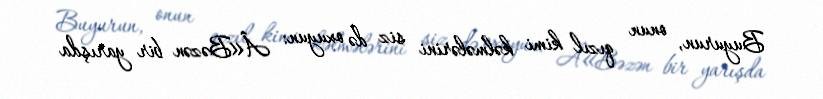
Buyurun, onun qızıl kimi kəlmələrini siz də oxuyun: Â«Bəzən bir yarışda